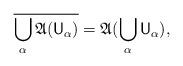
LaTeX: \begin{align*} \overline{ \bigcup_\alpha \mathfrak A(\mathsf U_\alpha)} = \mathfrak A(\bigcup_\alpha \mathsf U_\alpha), \end{align*}